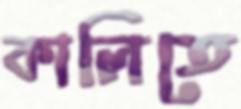
কালিতে